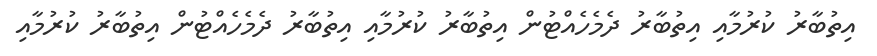
އިތުބާރު ކުރުމާއި އިތުބާރު ދެމެހެއްޓުން އިތުބާރު ކުރުމާއި އިތުބާރު ދެމެހެއްޓުން އިތުބާރު ކުރުމާއި